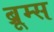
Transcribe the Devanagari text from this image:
ब्रूम्स